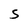
Character: S